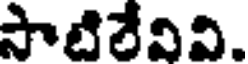
సాటిలేవివి.